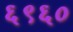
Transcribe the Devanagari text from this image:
६९६०